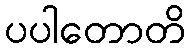
ပပါတောတိ